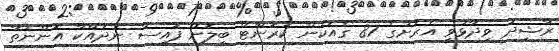
ރާޝިދު ވިދާޅުވީ އެރަށުގެ 87 ގެއަކުން ކަރަންޓް ބިލަށް ފައިސާ ނުދައްކާ އޮންނަތާ